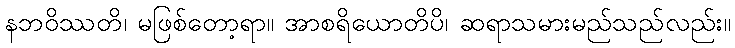
နဘဝိဿတိ၊ မဖြစ်တော့ရာ။ အာစရိယောတိပိ၊ ဆရာသမားမည်သည်လည်း။